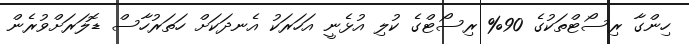
ހިންގާ ރިސޯޓްތަކުގެ 90% ރިސޯޓްގެ ކުލި އުޅެނީ އަހަރަކު އެނދަކަށް ހަތަރުހާސް ޑޮލަރަށްވުރެން